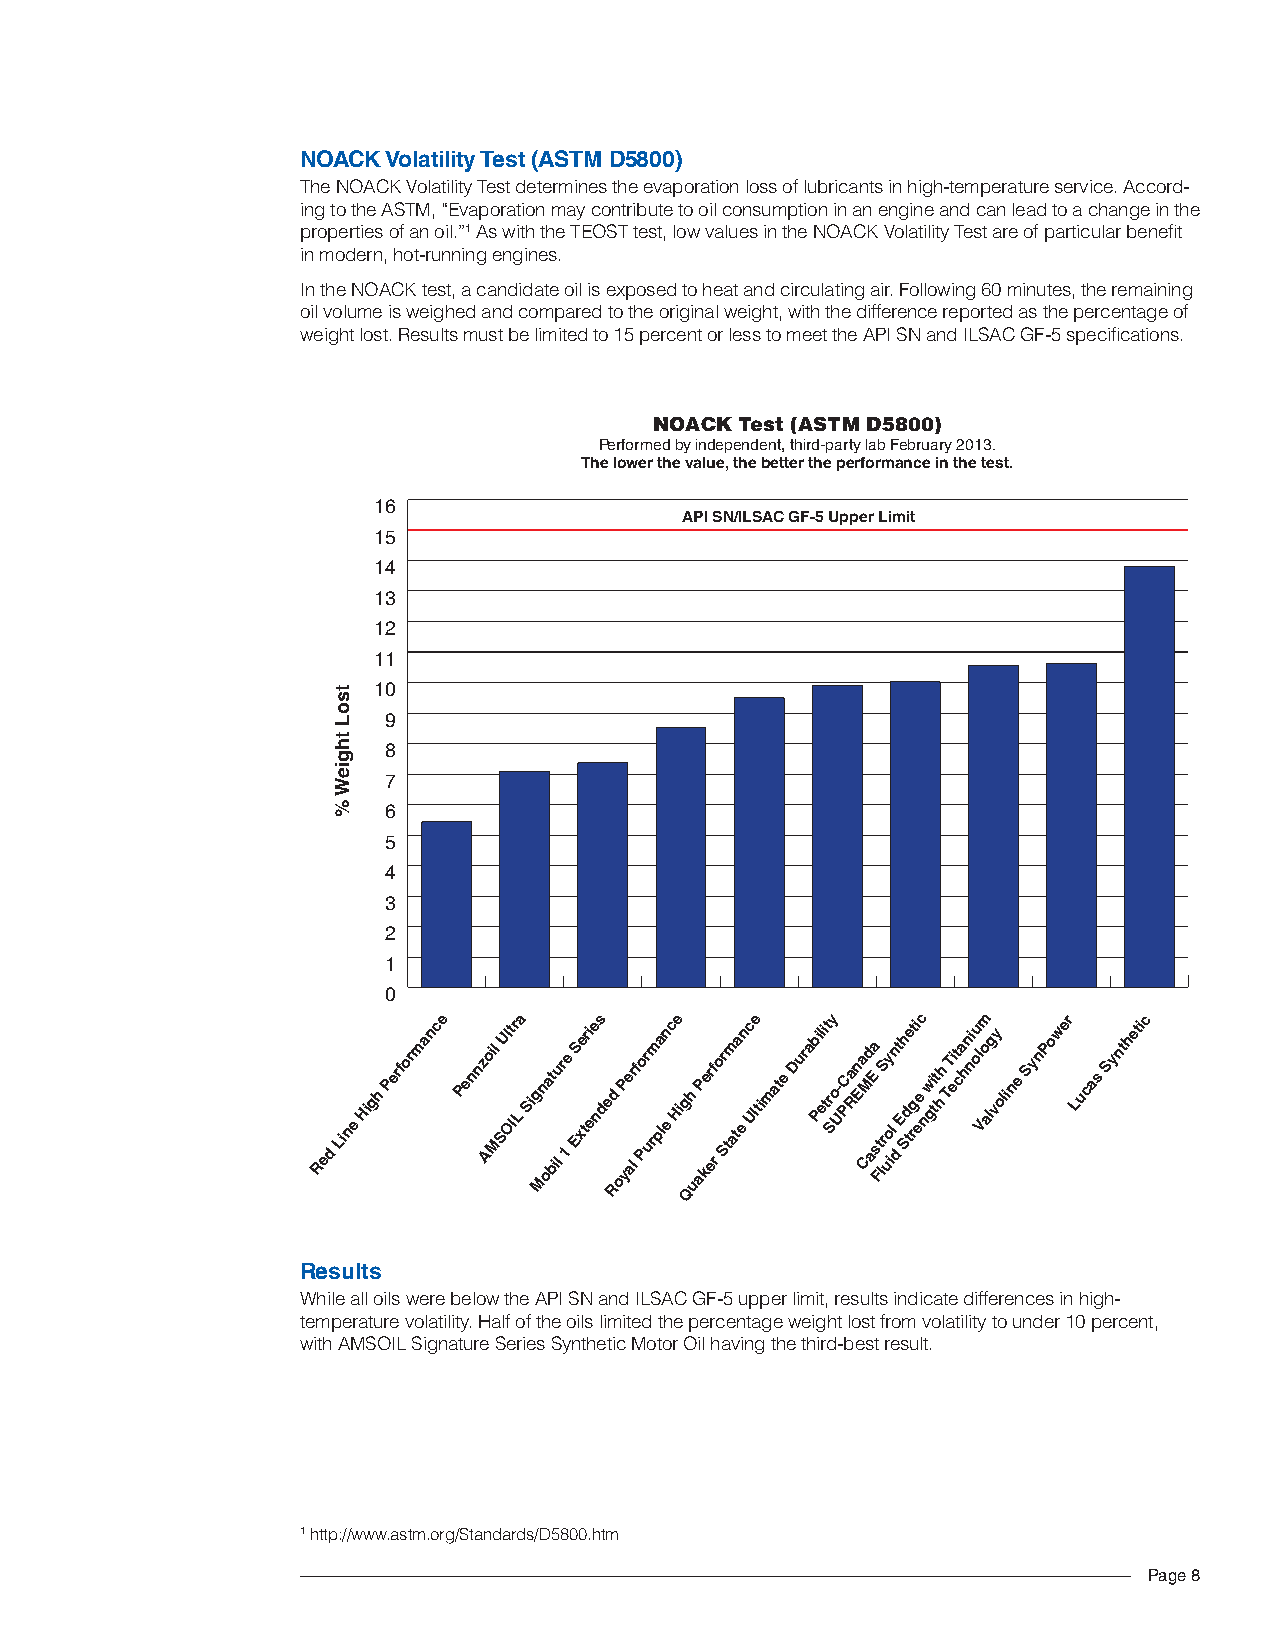
NOACK Volatility Test (ASTM d5800)
 The NOACK Volatility Test determines the evaporation loss of lubricants in high-temperature service. Accord-
 ing to the ASTM, “Evaporation may contribute to oil consumption in an engine and can lead to a change in the
 properties of an oil.”1 As with the TEOST test, low values in the NOACK Volatility Test are of particular benefit
 in modern, hot-running engines.
 In the NOACK test, a candidate oil is exposed to heat and circulating air. Following 60 minutes, the remaining
 oil volume is weighed and compared to the original weight, with the difference reported as the percentage of
 weight lost. Results must be limited to 15 percent or less to meet the API SN and ILSAC GF-5 specifications.
 NOACK Test (ASTM D5800)
 Performed by independent, third-party lab February 2013.
 The lower the value, the better the performance in the test.
 16
 API SN/ILSAC GF-5 Upper Limit
 15
 14
 13
 12
 11
 t  10
 s
 o
 L   9
 t
 h   8
 g
 ie
 W   7
 %   6
 5
 4
 3
 2
 1
 0
 Red
 Line
 High Performance Pennz Aoil
 M
 SUl Ot Ir La Sig Mn oat bilu r 1e ES xe tri ee ns de Rd oP ye alr fo Pr urm pa ln
 e
 c He ig Qh
 u
 aP ker ef
 r
 or Stm ata en c Ule timate Durab Pil ei tt r Sy o U- PCa Rn Ea CMd aEa
 s Ft
 lrS uy
 o il
 n dt Eh
 Sd
 te rt gi eec nw gi tt hh TT eit ca hn ni ou l Vom alg vy oline SynPower Lucas Synthetic
 Results
 While all oils were below the API SN and ILSAC GF-5 upper limit, results indicate differences in high-
 temperature volatility. Half of the oils limited the percentage weight lost from volatility to under 10 percent,
 with AMSOIL Signature Series Synthetic Motor Oil having the third-best result.
 1 http://www.astm.org/Standards/D5800.htm
 Page 8